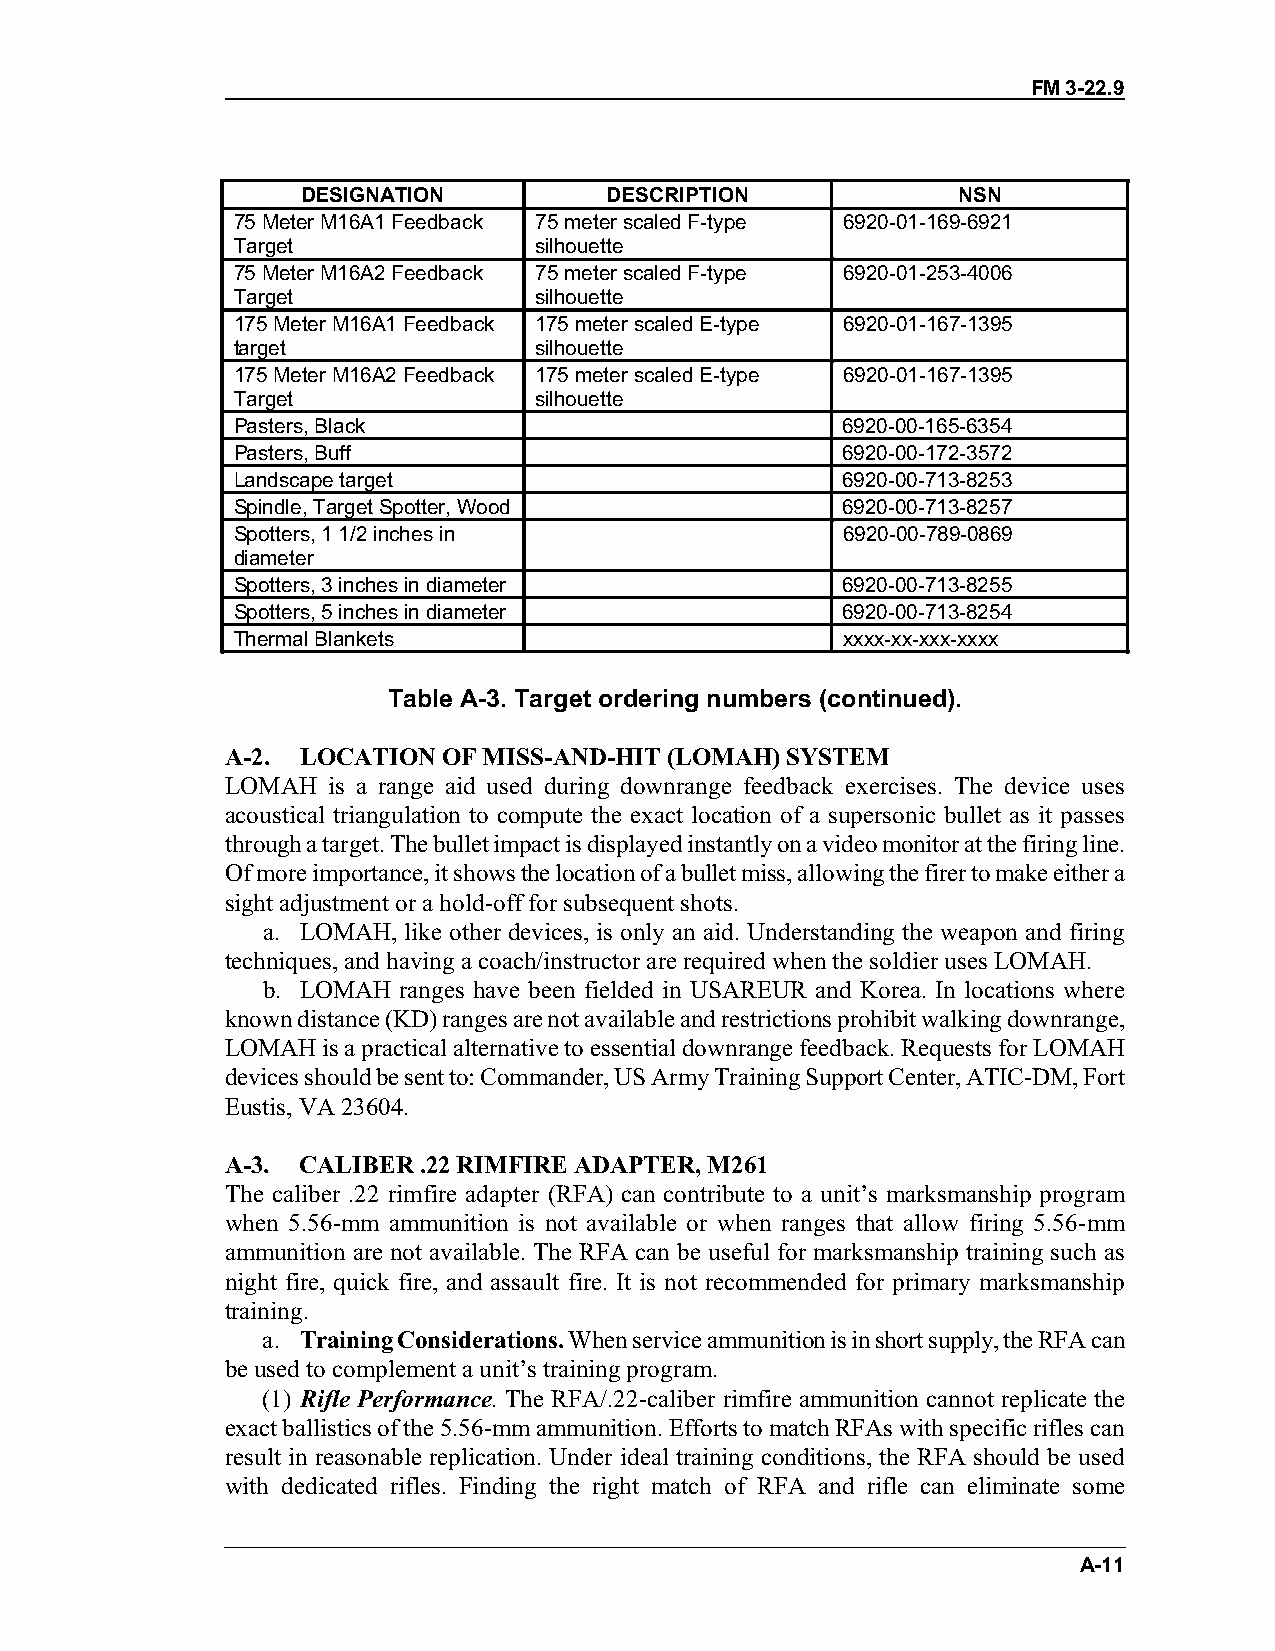
FM 3-22.9
 DESIGNATION         DESCRIPTION            NSN
 75 Meter M16A1 Feedback 75 meter scaled F-type 6920-01-169-6921
 Target              silhouette
 75 Meter M16A2 Feedback 75 meter scaled F-type 6920-01-253-4006
 Target              silhouette
 175 Meter M16A1 Feedback 175 meter scaled E-type 6920-01-167-1395
 target              silhouette
 175 Meter M16A2 Feedback 175 meter scaled E-type 6920-01-167-1395
 Target              silhouette
 Pasters, Black                           6920-00-165-6354
 Pasters, Buff                            6920-00-172-3572
 Landscape target                         6920-00-713-8253
 Spindle, Target Spotter, Wood            6920-00-713-8257
 Spotters, 1 1/2 inches in                6920-00-789-0869
 diameter
 Spotters, 3 inches in diameter           6920-00-713-8255
 Spotters, 5 inches in diameter           6920-00-713-8254
 Thermal Blankets                         xxxx-xx-xxx-xxxx
 Table A-3. Target ordering numbers (continued).
 A-2. LOCATION OF MISS-AND-HIT (LOMAH) SYSTEM
 LOMAH  is a range aid used during downrange feedback exercises. The device uses
 acoustical triangulation to compute the exact location of a supersonic bullet as it passes
 through a target. The bullet impact is displayed instantly on a video monitor at the firing line.
 Of more importance, it shows the location of a bullet miss, allowing the firer to make either a
 sight adjustment or a hold-off for subsequent shots.
 a. LOMAH, like other devices, is only an aid. Understanding the weapon and firing
 techniques, and having a coach/instructor are required when the soldier uses LOMAH.
 b. LOMAH ranges have been fielded in USAREUR and Korea. In locations where
 known distance (KD) ranges are not available and restrictions prohibit walking downrange,
 LOMAH is a practical alternative to essential downrange feedback. Requests for LOMAH
 devices should be sent to: Commander, US Army Training Support Center, ATIC-DM, Fort
 Eustis, VA 23604.
 A-3. CALIBER .22 RIMFIRE ADAPTER, M261
 The caliber .22 rimfire adapter (RFA) can contribute to a unit’s marksmanship program
 when 5.56-mm ammunition is not available or when ranges that allow firing 5.56-mm
 ammunition are not available. The RFA can be useful for marksmanship training such as
 night fire, quick fire, and assault fire. It is not recommended for primary marksmanship
 training.
 a. Training Considerations. When service ammunition is in short supply, the RFA can
 be used to complement a unit’s training program.
 (1) Rifle Performance. The RFA/.22-caliber rimfire ammunition cannot replicate the
 exact ballistics of the 5.56-mm ammunition. Efforts to match RFAs with specific rifles can
 result in reasonable replication. Under ideal training conditions, the RFA should be used
 with dedicated rifles. Finding the right match of RFA and rifle can eliminate some
 A-11